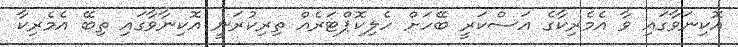
އޮކިނަވާގައި ވާ އެމެރިކާގެ އަސްކަރީ ބޭހަށް ހެލިކޮޕްޓަރެއް ތިރިކުރަނީ އޮކިނާވާގައި ތިބޭ އެމެރިކާ